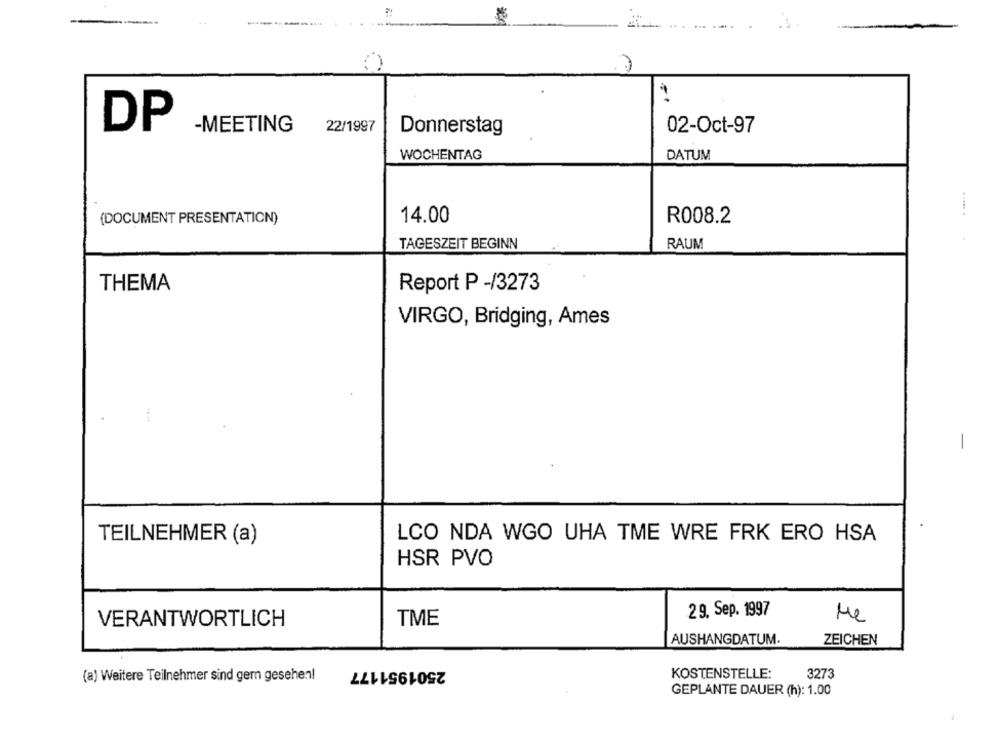
22/1997
DP
-MEETING
Donnerstag
02-Oct-97
DATUM
WOCHENTAG
(DOCUMENT PRESENTATICN)
14.00
R008.2
TAGESZEIT BEGINN
RAUM
THEMA
Report P -/3273
VIRGO, Bridging, Ames
-
TEILNEHMER (a)
LCO NDA WGO UHA TME WRE FRK ERO HSA
HSR PVO
29. Sep. 1997
VERANTWORTLICH
TME
Me
AUSHANGDATUM.
ZEICHEN
2501951177
KOSTENSTELLE:
3273
(a) Weitere Teilnehmer sind gem gesehen!
GEPLANTE DAUER (h): 1.00